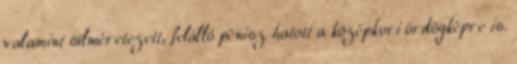
valamint túlméretezett, felálló pénisz hatott a középkori ördögképre is.